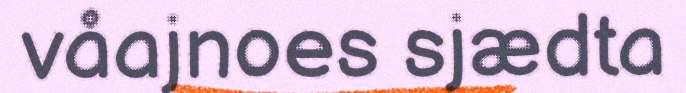
våajnoes sjædta